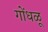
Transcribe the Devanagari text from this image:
गोंधळू